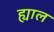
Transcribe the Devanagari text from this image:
ह्याल